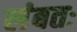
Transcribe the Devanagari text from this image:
लंबतः